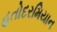
હતોદરમિયાન